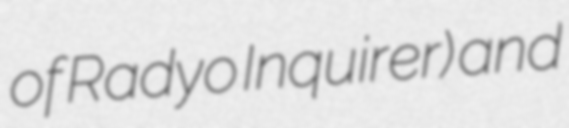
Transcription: of Radyo Inquirer) and